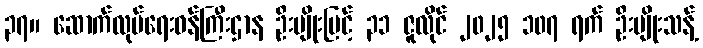
၃၇။ ဆောက်လုပ်ရေးဝန်ကြီးဌာန ဦးမျိုးမြင့် ၃၁ ဇူလိုင် ၂၀၂၅ ၁၀၇ ရက် ဦးမျိုးသန့်